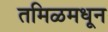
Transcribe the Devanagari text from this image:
तमिळमधून